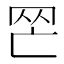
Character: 𦉺